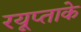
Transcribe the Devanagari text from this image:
रयूप्ताके